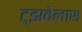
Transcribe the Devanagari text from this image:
ट्झवेलास